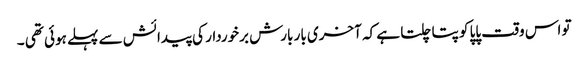
تو اس وقت پاپا کو پتا چلتا ہے کہ آخری بار بارش برخوردار کی پیدائش سے پہلے ہوئی تھی ۔